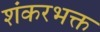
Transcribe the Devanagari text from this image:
शंकरभक्त